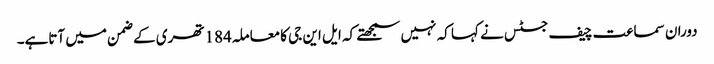
دوران سماعت چیف جسٹس نے کہا کہ نہیں سمجھتے کہ ایل این جی کامعاملہ184تھری کے ضمن میں آتاہے۔